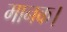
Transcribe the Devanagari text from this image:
मानक।